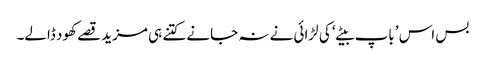
بس اس ’باپ بیٹے‘ کی لڑائی نے نہ جانے کتنے ہی مزید قصے کھود ڈالے۔